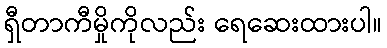
ရှီတာကီမှိုကိုလည်း ရေဆေးထားပါ။